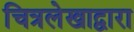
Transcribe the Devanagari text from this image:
चित्रलेखाद्वारा